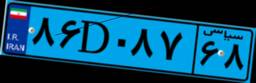
۷۱D۲۱۵۹۹